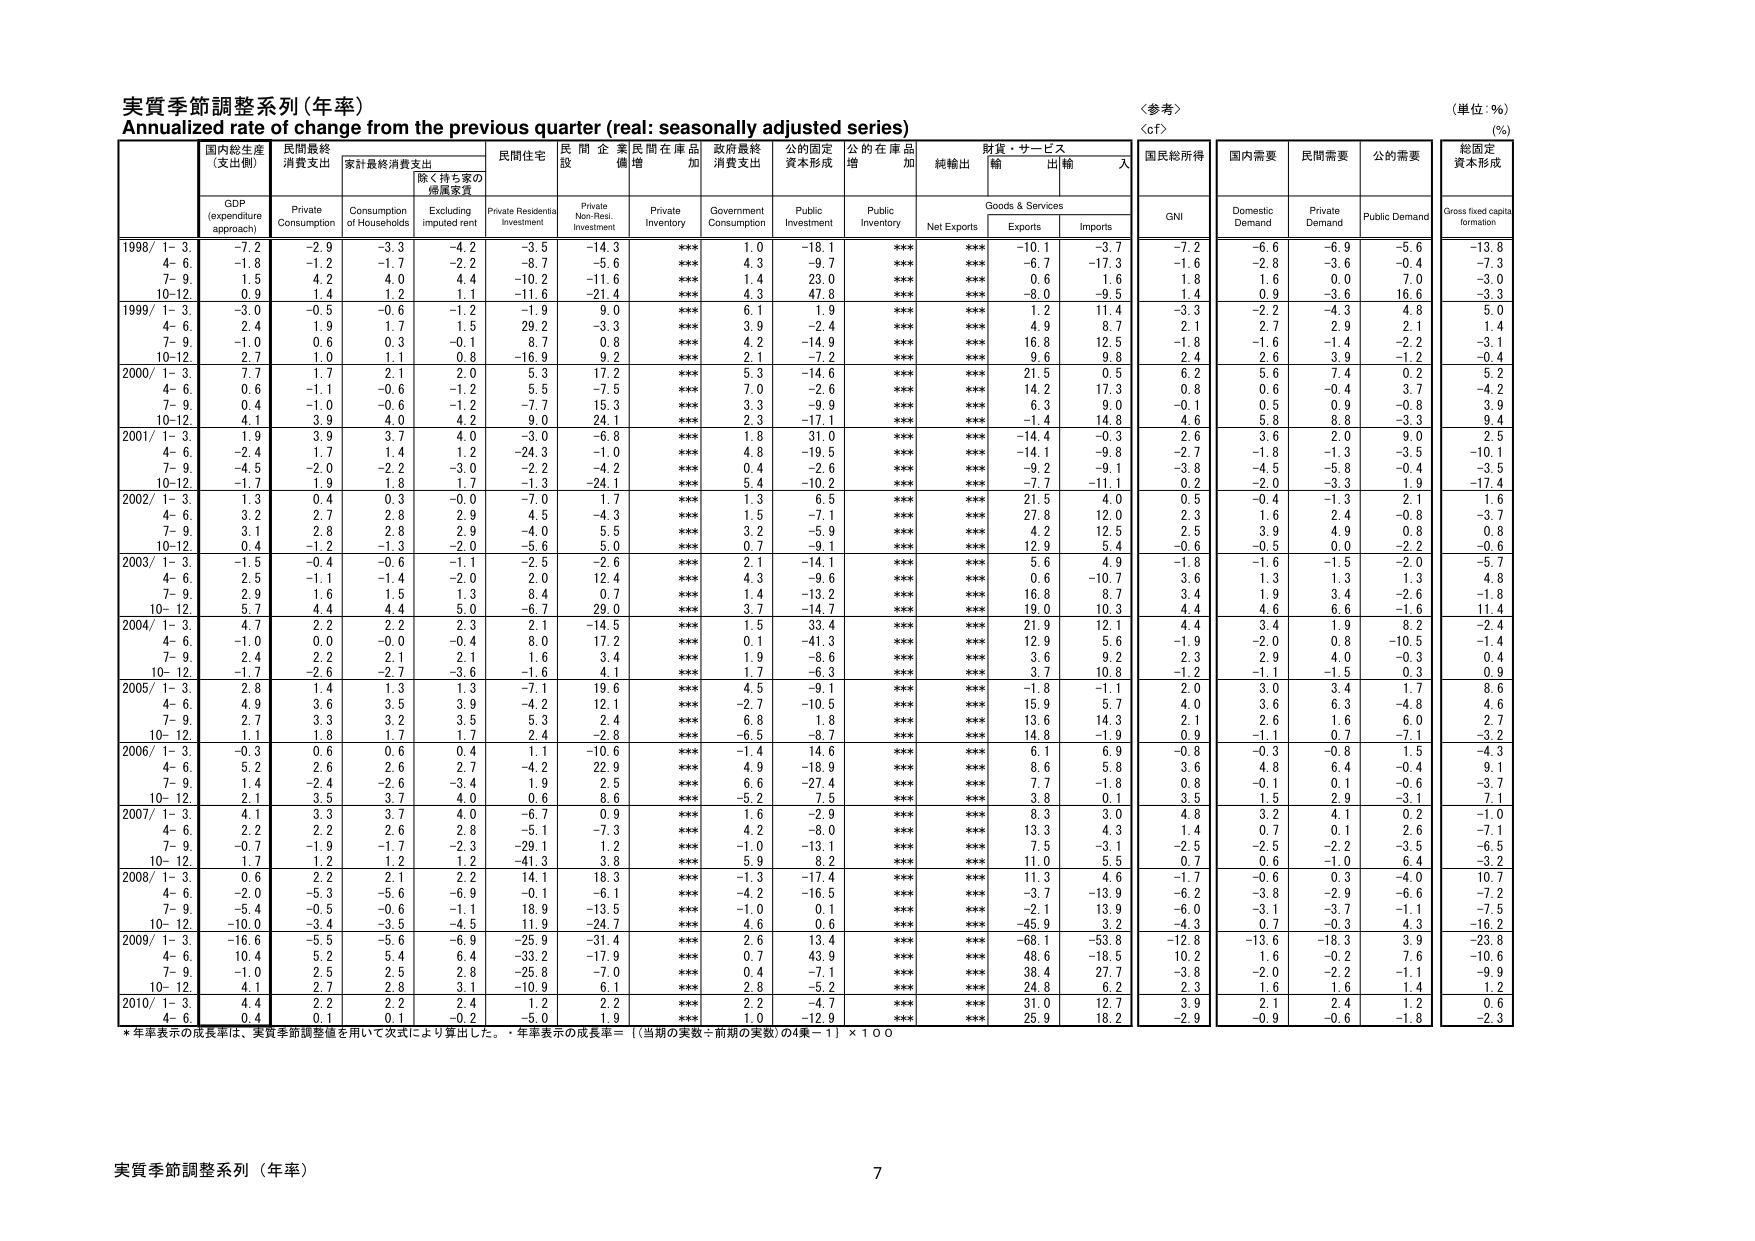
実質季節調整系列（年率）
Annualized rate of change from the previous quarter (real: seasonally adjusted series)
〈参考〉
〈cf〉
（単位：％）
（%）

国内総生産
（支出側）
GDP
(expenditure approach)
民間最終
消費支出
Private Consumption
家計最終消費支出
Consumption of Households
除く持ち家の
帰属家賃
Excluding imputed rent
民間住宅
Private Residential Investment
民間企業
非住宅投資
Private Non-Resi. Investment
民間在庫品
増加
Private Inventory
政府最終
消費支出
Government Consumption
公的固定
資本形成
Public Investment
公的在庫品
増加
Public Inventory
純輸出
Net Exports
財貨・サービス
輸出
Exports
財貨・サービス
輸入
Imports
国民総所得
GNI
国内需要
Domestic Demand
民間需要
Private Demand
公的需要
Public Demand
総固定
資本形成
Gross fixed capita formation

1998/ 1- 3
-7.2
-2.9
-3.3
-4.2
-3.5
-14.3
***
1.0
-18.1
***
***
-10.1
-3.7
-7.2
-6.6
-6.9
-5.6
-13.8
4- 6
-1.8
-1.2
-1.7
-2.2
-8.7
-5.6
***
4.3
-9.7
***
***
-6.7
-17.3
-1.6
-2.8
-3.6
-0.4
-7.3
7- 9
1.5
4.2
4.0
4.4
-10.2
-11.6
***
1.4
23.0
***
***
0.6
1.6
1.8
1.6
0.0
7.0
-3.0
10-12
0.9
1.4
1.2
1.1
-11.6
-21.4
***
4.3
47.8
***
***
-8.0
-9.5
1.4
0.9
-3.6
16.6
-3.3

1999/ 1- 3
-3.0
-0.5
-0.6
-1.2
-1.9
9.0
***
6.1
1.9
***
***
1.2
11.4
-3.3
-2.2
-4.3
4.8
5.0
4- 6
2.4
1.9
1.7
1.5
29.2
-3.3
***
3.9
-2.4
***
***
4.9
8.7
2.1
2.7
2.9
2.1
1.4
7- 9
-1.0
0.6
0.3
-0.1
8.7
0.8
***
4.2
-14.9
***
***
16.8
12.5
-1.8
-1.6
-1.4
-2.2
-3.1
10-12
2.7
1.0
1.1
0.8
-16.9
9.2
***
2.1
-7.2
***
***
9.6
9.8
2.4
2.6
3.9
-1.2
-0.4

2000/ 1- 3
7.7
1.7
2.1
2.0
5.3
17.2
***
5.3
-14.6
***
***
21.5
0.5
6.2
5.6
7.4
0.2
5.2
4- 6
0.6
-1.1
-0.6
-1.2
5.5
-7.5
***
7.0
-2.6
***
***
14.2
17.3
0.8
0.6
-0.4
3.7
-4.2
7- 9
0.4
-1.0
-0.6
-1.2
-7.7
15.3
***
3.3
-9.9
***
***
6.3
9.0
-0.1
0.5
0.9
-0.8
3.9
10-12
4.1
3.9
4.0
4.2
9.0
24.1
***
2.3
-17.1
***
***
-1.4
14.8
4.6
5.8
8.8
-3.3
9.4

2001/ 1- 3
1.9
3.9
3.7
4.0
-3.0
-6.8
***
1.8
31.0
***
***
-14.4
-0.3
2.6
3.6
2.0
9.0
2.5
4- 6
-2.4
1.7
1.4
1.2
-24.3
-1.0
***
4.8
-19.5
***
***
-14.1
-9.8
-2.7
-1.8
-1.3
-3.5
-10.1
7- 9
-4.5
-2.0
-2.2
-3.0
-2.2
-4.2
***
0.4
-2.6
***
***
-9.2
-9.1
-3.8
-4.5
-5.8
-0.4
-3.5
10-12
-1.7
1.9
1.8
1.7
-1.3
-24.1
***
5.4
-10.2
***
***
-7.7
-11.1
0.2
-2.0
-3.3
1.9
-17.4

2002/ 1- 3
1.3
0.4
0.3
-0.0
-7.0
1.7
***
1.3
6.5
***
***
21.5
4.0
0.5
-0.4
-1.3
2.1
1.6
4- 6
3.2
2.7
2.8
2.9
4.5
-4.3
***
1.5
-7.1
***
***
27.8
12.0
2.3
1.6
2.4
-0.8
-3.7
7- 9
3.1
2.8
2.8
2.9
-4.0
5.5
***
3.2
-5.9
***
***
4.2
12.5
2.5
3.9
4.9
0.8
0.8
10-12
0.4
-1.2
-1.3
-2.0
-5.6
5.0
***
0.7
-9.1
***
***
12.9
5.4
-0.6
-0.5
0.0
-2.2
-0.6

2003/ 1- 3
-1.5
-0.4
-0.6
-1.1
-2.5
-2.6
***
2.1
-14.1
***
***
5.6
4.9
-1.8
-1.6
-1.5
-2.0
-5.7
4- 6
2.5
-1.1
-1.4
-2.0
2.0
12.4
***
4.3
-9.6
***
***
0.6
-10.7
3.6
1.3
1.3
1.3
4.8
7- 9
2.9
1.6
1.5
1.3
8.4
0.7
***
1.4
-13.2
***
***
16.8
8.7
3.4
1.9
3.4
-2.6
-1.8
10-12
5.7
4.4
4.4
5.0
-6.7
29.0
***
3.7
-14.7
***
***
19.0
10.3
4.4
4.6
6.6
-1.6
11.4

2004/ 1- 3
4.7
2.2
2.2
2.3
2.1
-14.5
***
1.5
33.4
***
***
21.9
12.1
4.4
3.4
1.9
8.2
-2.4
4- 6
-1.0
0.0
-0.0
-0.4
8.0
17.2
***
0.1
-41.3
***
***
12.9
5.6
-1.9
-2.0
0.8
-10.5
-1.4
7- 9
2.4
2.2
2.1
2.1
1.6
3.4
***
1.9
-8.6
***
***
3.6
9.2
2.3
2.9
4.0
-0.3
0.4
10-12
-1.7
-2.6
-2.7
-3.6
-1.6
4.1
***
1.7
-6.3
***
***
3.7
10.8
-1.2
-1.1
-1.5
0.3
0.9

2005/ 1- 3
2.8
1.4
1.3
1.3
-7.1
19.6
***
4.5
-9.1
***
***
-1.8
-1.1
2.0
3.0
3.4
1.7
8.6
4- 6
4.9
3.6
3.5
3.9
-4.2
12.1
***
-2.7
-10.5
***
***
15.9
5.7
4.0
3.6
6.3
-4.8
4.6
7- 9
2.7
3.3
3.2
3.5
5.3
2.4
***
6.8
1.8
***
***
13.6
14.3
2.1
2.6
1.6
6.0
2.7
10-12
1.1
1.8
1.7
1.7
2.4
-2.8
***
-6.5
-8.7
***
***
14.8
-1.9
0.9
-1.1
0.7
-7.1
-3.2

2006/ 1- 3
-0.3
0.6
0.6
0.4
1.1
-10.6
***
-1.4
14.6
***
***
6.1
6.9
-0.8
-0.3
-0.8
1.5
-4.3
4- 6
5.2
2.6
2.6
2.7
-4.2
22.9
***
4.9
-18.9
***
***
8.6
5.8
3.6
4.8
6.4
-0.4
9.1
7- 9
1.4
-2.4
-2.6
-3.4
1.9
2.5
***
6.6
-27.4
***
***
7.7
-1.8
0.8
-0.1
0.1
-0.6
-3.7
10-12
2.1
3.5
3.7
4.0
0.6
8.6
***
-5.2
7.5
***
***
3.8
0.1
3.5
1.5
2.9
-3.1
7.1

2007/ 1- 3
4.1
3.3
3.7
4.0
-6.7
0.9
***
1.6
-2.9
***
***
8.3
3.0
4.8
3.2
4.1
0.2
-1.0
4- 6
2.2
2.2
2.6
2.8
-5.1
-7.3
***
4.2
-8.0
***
***
13.3
4.3
1.4
0.7
0.1
2.6
-7.1
7- 9
-0.7
-1.9
-1.7
-2.3
-29.1
1.2
***
-1.0
-13.1
***
***
7.5
-3.1
-2.5
-2.5
-2.2
-3.5
-6.5
10-12
1.7
1.2
1.2
1.2
-41.3
3.8
***
5.9
8.2
***
***
11.0
5.5
0.7
0.6
-1.0
6.4
-3.2

2008/ 1- 3
0.6
2.2
2.1
2.2
14.1
18.3
***
-1.3
-17.4
***
***
11.3
4.6
-1.7
-0.6
0.3
-4.0
10.7
4- 6
-2.0
-5.3
-5.6
-6.9
-0.1
-6.1
***
-4.2
-16.5
***
***
-3.7
-13.9
-6.2
-3.8
-2.9
-6.6
-7.2
7- 9
-5.4
-0.5
-0.6
-1.1
18.9
-13.5
***
-1.0
0.1
***
***
-2.1
13.9
-6.0
-3.1
-3.7
-1.1
-7.5
10-12
-10.0
-3.4
-3.5
-4.5
11.9
-24.7
***
4.6
0.6
***
***
-45.9
3.2
-4.3
0.7
-0.3
4.3
-16.2

2009/ 1- 3
-16.6
-5.5
-5.6
-6.9
-25.9
-31.4
***
2.6
13.4
***
***
-68.1
-53.8
-12.8
-13.6
-18.3
3.9
-23.8
4- 6
10.4
5.2
5.4
6.4
-33.2
-17.9
***
0.7
43.9
***
***
48.6
-18.5
10.2
1.6
-0.2
7.6
-10.6
7- 9
-1.0
2.5
2.5
2.8
-25.8
-7.0
***
0.4
-7.1
***
***
38.4
27.7
-3.8
-2.0
-2.2
-1.1
-9.9
10-12
4.1
2.7
2.8
3.1
-10.9
6.1
***
2.8
-5.2
***
***
24.8
6.2
2.3
1.6
1.6
1.4
1.2

2010/ 1- 3
4.4
2.2
2.2
2.4
1.2
2.2
***
2.2
-4.7
***
***
31.0
12.7
3.9
2.1
2.4
1.2
0.6
4- 6
0.4
0.1
0.1
-0.2
-5.0
1.9
***
1.0
-12.9
***
***
25.9
18.2
-2.9
-0.9
-0.6
-1.8
-2.3

* 年率表示の成長率は、実質季節調整値を用いて次式により算出した。
年率表示の成長率＝〔（当期の実数÷前期の実数）の4乗－1〕×100

実質季節調整系列（年率）
7